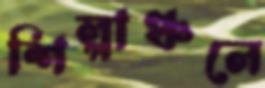
শিল্পাঞ্চলে